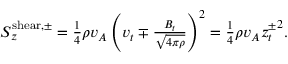
\begin{array} { r } { S _ { z } ^ { \mathrm { s h e a r , \pm } } = \frac { 1 } { 4 } \rho v _ { A } \left( \boldsymbol { v } _ { t } \mp \frac { \boldsymbol { B } _ { t } } { \sqrt { 4 \pi \rho } } \right) ^ { 2 } = \frac { 1 } { 4 } \rho v _ { A } { \boldsymbol { z } _ { t } ^ { \pm } } ^ { 2 } . } \end{array}